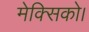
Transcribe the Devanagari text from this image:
मेक्सिको।